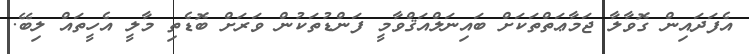
އެފަދައިން ގޮވާލާ ޖަމާޢަތްތަކަށް ބައިނަލްއަޤްވާމީ ފަންޑުތަކުން ވަރަށް ބޮޑެތި މާލީ އެހީތައް ލިބޭ.